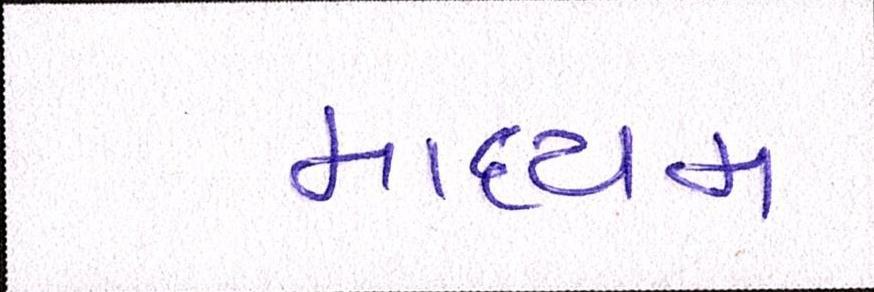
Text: માધ્યમ